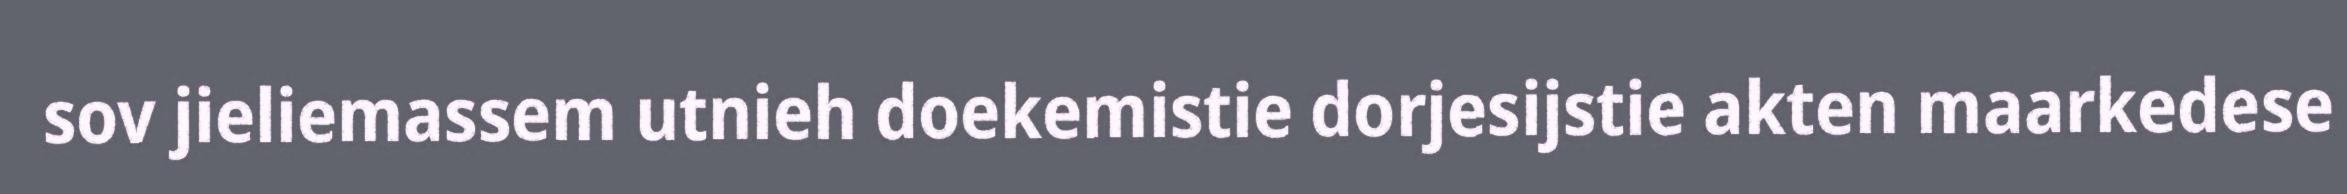
sov jieliemassem utnieh doekemistie dorjesijstie akten maarkedese